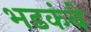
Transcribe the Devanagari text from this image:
भडकंबे